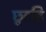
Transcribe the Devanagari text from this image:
छूटहि